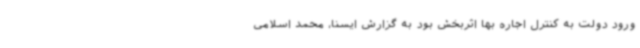
ورود دولت به کنترل اجاره بها اثربخش بود به گزارش ایسنا، محمد اسلامی